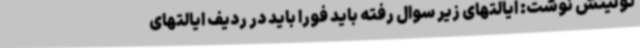
توئیتش نوشت: ایالتهای زیر سوال رفته باید فورا باید در ردیف ایالتهای